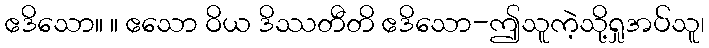
ဧဒိသော။ ။ ဧသော ဝိယ ဒိဿတီတိ ဧဒိသော-ဤသူကဲ့သို့ရှုအပ်သူ၊